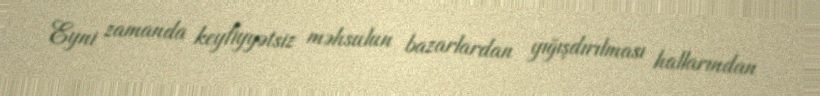
Eyni zamanda keyfiyyətsiz məhsulun bazarlardan yığışdırılması hallarından